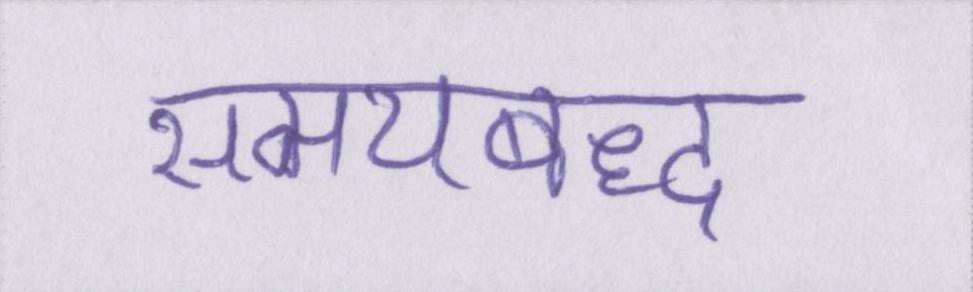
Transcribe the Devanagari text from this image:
समयबद्ध